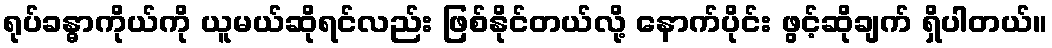
ရုပ်ခန္ဓာကိုယ်ကို ယူမယ်ဆိုရင်လည်း ဖြစ်နိုင်တယ်လို့ နောက်ပိုင်း ဖွင့်ဆိုချက် ရှိပါတယ်။